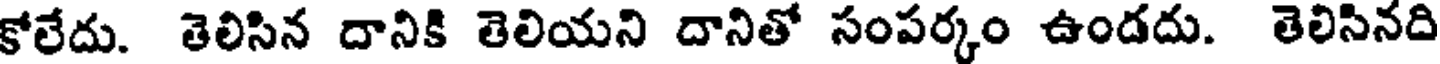
కోలేదు. తెలిసిన దానికి తెలియని దానితో సంపర్కం ఉండదు. తెలిసినది